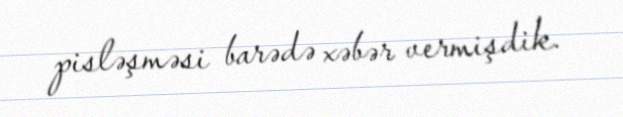
pisləşməsi barədə xəbər vermişdik.